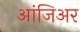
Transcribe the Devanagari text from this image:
आंजिअर